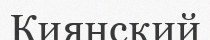
Киянский